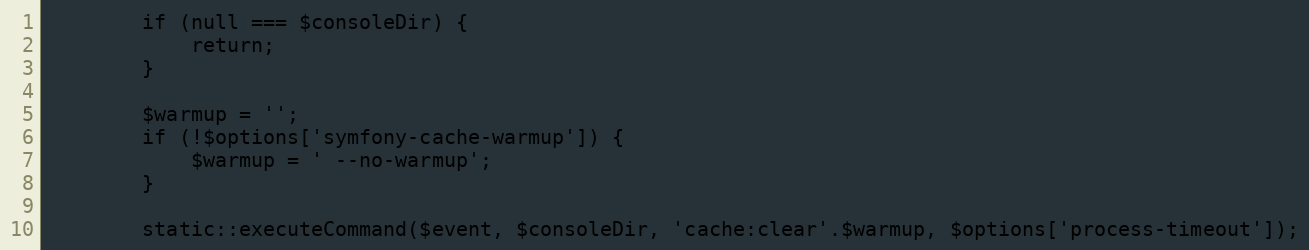
Language: PHP
        if (null === $consoleDir) {
            return;
        }

        $warmup = '';
        if (!$options['symfony-cache-warmup']) {
            $warmup = ' --no-warmup';
        }

        static::executeCommand($event, $consoleDir, 'cache:clear'.$warmup, $options['process-timeout']);